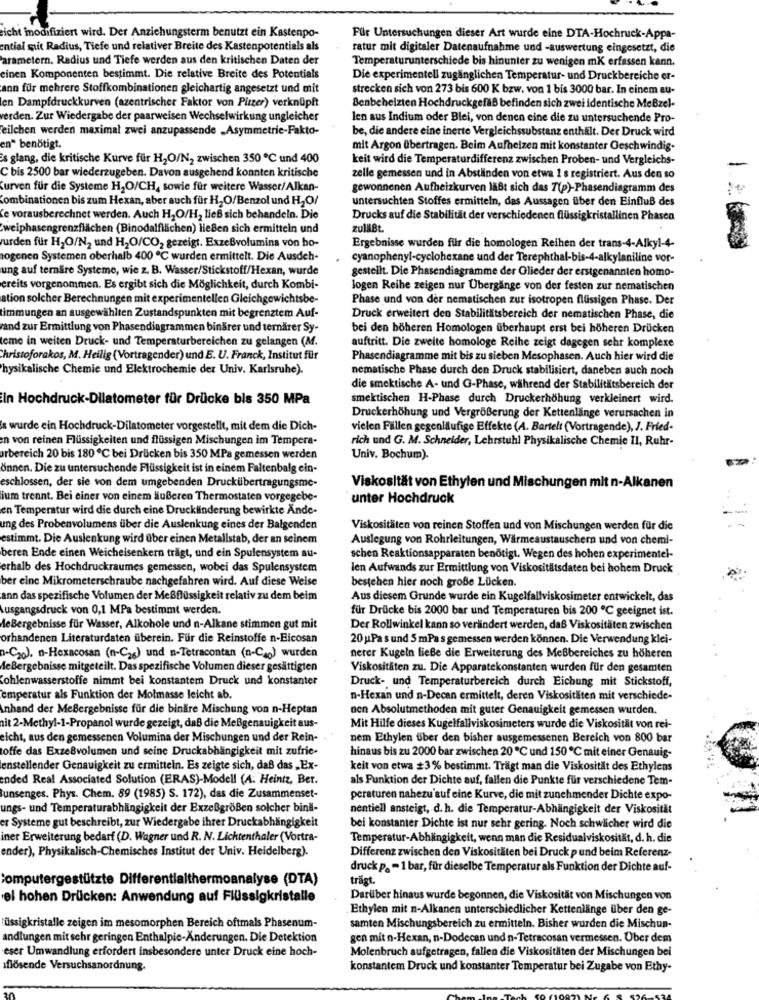
richt modifiziert wird. Der Anziehungsterm benutzt ein Kastenpo-
Für Untersuchungen dieser Art wurde eine DTA-Hochruck-Appa-
ential mit Radius, Tiefe und relativer Breite des Kastenpotentials als
ratur mit digitaler Datenaufnahme und -auswertung eingesetzt, die
Parametern, Radius und Tiefe werden aus den kritischen Daten der
Temperaturunterschiede bis hinunter zu wenigen mK erfassen kann.
einen Komponenten bestimmt. Die relative Breite des Potentials
Die experimentell zugänglichen Temperatur- und Druckbereiche er-
ann für mehrere Stoffkombinationen gleichartig angesetzt und mit
strecken sich von 273 bis 600 K bzw. von 1 bis 3000 bar. In einem au-
en Dampfdruckkurven (azentrischer Faktor von Pitzer) verknüpft
Benbeheizten Hochdruckgefäß befinden sich zwei identische MeBzel-
verden. Zur Wiedergabe der paarweisen Wechselwirkung ungleicher
len aus Indium oder Blei, von denen eine die zu untersuchende Pro-
teilchen werden maximal zwei anzupassende „Asymmetric-Fakto-
be, die andere eine inerte Vergleichssubstanz enthält. Der Druck wird
en" benötigt.
mit Argon übertragen. Beim Aufheizen mit konstanter Geschwindig-
is glang, die kritische Kurve für H2O/N2 zwischen 350 ℃ und 400
keit wird die Temperaturdifferenz zwischen Proben- und Vergleichs-
C bis 2500 bar wiederzugeben. Davon ausgehend konnten kritische
zelle gemessen und in Abständen von etwa 1 s registriert. Aus den so
Curven für die Systeme H2O/CH, sowie für weitere Wasser/Alkan-
gewonnenen Aufheizkurven läßt sich das 7(p)-Phasendiagramm des
Combinationen bis zum Hexan, aber auch für H2O/Benzol und H2O/
untersuchten Stoffes ermitteln, das Aussagen über den Einfluß des
'e vorausberechnet werden. Auch H2O/H2 ließ sich behandeln. Die
Drucks auf die Stabilität der verschiedenen flüssigkristallinen Phasen
weiphasengrenzflächen (Binodalfilichen) ließen sich ermitteln und
zuläßt.
urden für H2O/N2 und H2O/CO2 gezeigt. ExzeBvolumina von ho-
Ergebnisse wurden für die homologen Reihen der trans-4-Alkyl-4-
togenen Systemen oberhalb 400 ℃ wurden ermittelt. Die Ausdeh-
cyanophenyl-cyclohexane und der Terephthal-bis-4-alkylaniline vor-
ung auf ternare Systeme, wie z. B. Wasser/Stickstoff/Hexan, wurde
gestellt. Die Phasendiagramme der Glieder der erstgenannten homo-
ereits vorgenommen. Es ergibt sich die Möglichkeit, durch Kombi-
Jogen Reihe zeigen nur Übergänge von der festen zur nematischen
ation solcher Berechnungen mit experimentellen Gleichgewichtsbe-
Phase und von der nematischen zur isotropen flüssigen Phase. Der
timmungen an ausgewählten Zustandspunkten mit begrenztem Auf-
Druck erweitert den Stabilitätsbereich der nematischen Phase, die
and zur Ermittlung von Phasendiagrammen binärer und ternärer Sy-
bei den höheren Homologen überhaupt erst bei höheren Drücken
teme in weiten Druck- und Temperaturbereichen zu gelangen (M.
auftritt. Die zweite homologe Reihe zeigt dagegen sehr komplexe
Christoforakos, M. Heilig (Vortragender) und E. U. Franck, Institut für
Phasendiagramme mit bis zu sieben Mesophasen. Auch hier wird die
'hysikalische Chemie und Elektrochemie der Univ. Karlsruhe).
nematische Phase durch den Druck stabilisiert, daneben auch noch
die smektische A- und G-Phase, während der Stabilitätsbereich der
In Hochdruck-Dilatometer für Drücke bis 350 MPa
smektischen H-Phase durch Druckerhöhung verkleinert wird.
Druckerhöhung und Vergrößerung der Kettenlänge verursachen in
s wurde ein Hochdruck-Dilatometer vorgestellt, mit dem die Dich-
vielen Fällen gegenläufige Effekte (A. Bartelt (Vortragende), J. Fried-
en von reinen Flüssigkeiten und flüssigen Mischungen im Tempera-
rich und G. M. Schneider, Lehrstuhl Physikalische Chemie II, Ruhr-
rbereich 20 bis 180℃ bei Drücken bis 350 MPa gemessen werden
Univ. Bochum).
önnen. Die zu untersuchende Flüssigkeit ist in einem Faltenbalg ein-
eschlossen, der sie von dem umgebenden Druckübertragungsme-
Viskosität von Ethylen und Mischungen mit n-Alkanen
ium trennt. Bei einer von einem äußeren Thermostaten vorgegebe-
unter Hochdruck
en Temperatur wird die durch eine Drucklinderung bewirkte Ande-
ung des Probenvolumens über die Auslenkung eines der Balgenden
Viskositäten von reinen Stoffen und von Mischungen werden für die
estimmt. Die Auslenkung wird über einen Metallstab, der an seinem
Auslegung von Rohrleitungen, Wärmeaustauschern und von chemi-
beren Ende einen Weicheisenkern trägt, und ein Spulensystem au-
schen Reaktionsapparaten benötigt. Wegen des hohen experimentel-
erhalb des Hochdruckraumes gemessen, wobei das Spulensystem
len Aufwands zur Ermittlung von Viskositätsdaten bei hohem Druck
ber eine Mikrometerschraube nachgefahren wird. Auf diese Weise
bestehen hier noch große Lücken.
ann das spezifische Volumen der Meßflüssigkeit relativ zu dem beim
Aus diesem Grunde wurde ein Kugelfallviskosimeter entwickelt, das
Ausgangsdruck von 0,1 MPa bestimmt werden.
für Drücke bis 2000 bar und Temperaturen bis 200 ℃ geeignet ist.
AeBergebnisse für Wasser, Alkohole und n-Alkane stimmen gut mit
Der Rollwinkel kann so verändert werden, daß Viskositäten zwischen
orhandenen Literaturdaten überein. Für die Reinstoffe n-Eicosan
20 Pas und 5 mPas gemessen werden können. Die Verwendung klei-
a-C20). n-Hexacosan (n-C2g) und -Tetracontan (D-Ca) wurden
nerer Kugeln ließe die Erweiterung des Meßbereiches zu höheren
AeBergebnisse mitgeteilt. Das spezifische Volumen dieser gesättigten
Viskositäten zu. Die Apparatekonstanten wurden für den gesamten
Kohlenwasserstoffe nimmt bei konstantem Druck und konstanter
Druck- und Temperaturbereich durch Eichung mit Stickstoff,
emperatur als Funktion der Molmasse leicht ab
n-Hexan und n-Decan ermittelt, deren Viskositäten mit verschiede-
Inhand der MeBergebnisse für die binäre Mischung von n-Heptan
nen Absolutmethoden mit guter Genauigkeit gemessen wurden.
ait 2-Methyl-1-Propanol wurde gezeigt, daß die Meßgenauigkeit aus-
Mit Hilfe dieses Kugelfallviskosimeters wurde die Viskosität von rei-
eicht, aus den gemessenen Volumina der Mischungen und der Rein-
nem Ethylen über den bisher ausgemessenen Bereich von 800 bar
toffe das ExzeBvolumen und seine Druckabhängigkeit mit zufrie-
hinaus bis zu 2000 bar zwischen 20℃ und 150℃ mit einer Genauis-
enstellender Genauigkeit zu ermitteln. Es zeigte sich, daß das „Ex-
keit von etwa #3% bestimmt. Trägt man die Viskosität des Ethylens
ended Real Associated Solution (ERAS)-Modell (A: Heintz, Ber.
als Funktion der Dichte auf, fallen die Punkte für verschiedene Tem-
unsenges. Phys. Chem. 89 (1985) S. 172), das die Zusammenset-
peraturen nahezu'auf eine Kurve, die mit zunehmender Dichte expo-
ungs- und Temperaturabhängigkeit der Exzeßgrößen solcher bini-
nentiell ansteigt, d. h. die Temperatur-Abhängigkeit der Viskosität
er Systeme gut beschreibt, zur Wiedergabe ihrer Druckabhängigkeit
bei konstanter Dichte ist nur sehr gering. Noch schwlicher wird die
iner Erweiterung bedarf (D. Wagner und R. N. Lichtenthaler (Vortra-
Temperatur-Abhängigkeit, wenn man die Residualviskosität, d. h. die
ender), Physikalisch-Chemisches Institut der Univ. Heidelberg).
Differenz zwischen den Viskositäten bei Druck pund beim Referenz-
druck p. - 1 bar, für dieselbe Temperatur als Funktion der Dichte auf-
computergestützte Differentialthermoanalyse (DTA)
trägt.
el hohen Drücken: Anwendung auf Flüssigkristalle
Darüber hinaus wurde begonnen, die Viskosität von Mischungen von
Ethylen mit n-Alkanen unterschiedlicher Kettenlänge über den ge-
lüssigkristalle zeigen im mesomorphen Bereich oftmals Phasenum-
samten Mischungsbereich zu ermitteln. Bisher wurden die Mischun-
andlungen mit schr geringen Enthalpie-Änderungen. Die Detektion
gen mit n-Hexan, n-Dodecan und n-Tetracosan vermessen. Über dem
eser Umwandlung erfordert insbesondere unter Druck eine hoch-
Molenbruch aufgetragen, fallen die Viskositäten der Mischungen bei
iflösende Versuchsanordnung.
konstantem Druck und konstanter Temperatur bei Zugabe von Ethy-